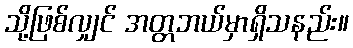
သို့ဖြစ်လျှင် အတ္တဘယ်မှာရှိသနည်း။